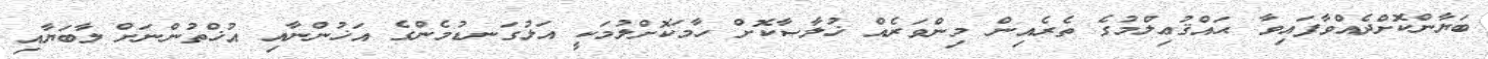
ބަޔާންކޮށްދެއްވާފައިވާ ޙައްޤުޢިލްމުގެ ތެރެއިން މިންވަރެއް ޚުލާޞާކޮށް ހާމަކޮށްލުމަކީ އަޅުގަނޑުމެންގެ އަޚުންނާއި އުޚްތުންނަށް ލާބަޔާއި